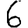
Digit: 6